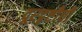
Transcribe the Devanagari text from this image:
दूरदृष्टीची